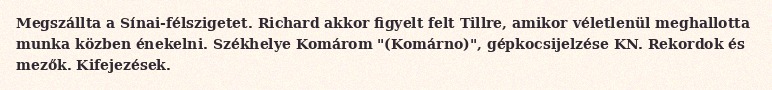
Megszállta a Sínai-félszigetet. Richard akkor figyelt felt Tillre, amikor véletlenül meghallotta munka közben énekelni. Székhelye Komárom "(Komárno)", gépkocsijelzése KN. Rekordok és mezők. Kifejezések.